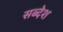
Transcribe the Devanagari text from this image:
सब्देश